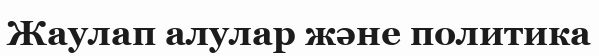
Жаулап алулар және политика